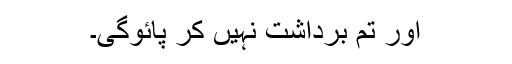
اور تم برداشت نہیں کر پائوگی۔